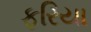
ફરિયા